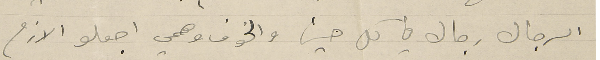
الرجال رجال في كل حين والخوف اجعلو الازم